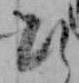
ひ